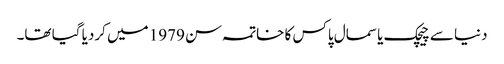
دنیا سے چیچک یا سمال پاکس کا خاتمہ سن 1979 میں کردیا گیا تھا۔